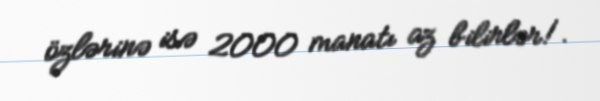
özlərinə isə 2000 manatı az bilirlər!.